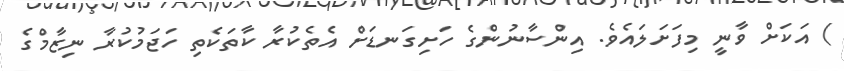
) އަކަށް ވާނީ މިފަށަލައެވެ. އިންސާނުންގެ ހަށިގަނޑަށް އެތެކުރާ ކާތަކެތި ހަޖަމުކުރާ ނިޒާމްގެ